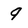
Character: 9